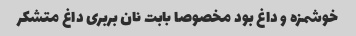
خوشمزه و داغ بود مخصوصا بابت نان بربری داغ متشکر